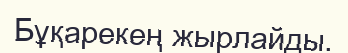
Бұқарекең жырлайды.